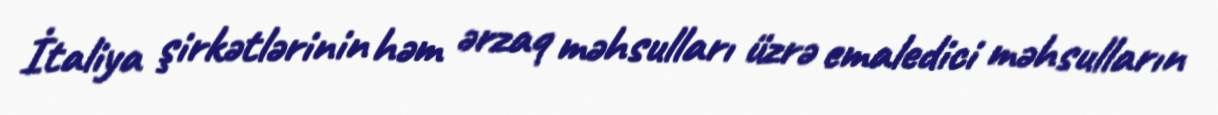
İtaliya şirkətlərinin həm ərzaq məhsulları üzrə emaledici məhsulların